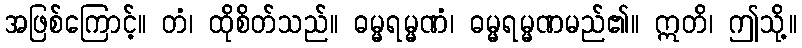
အဖြစ်ကြောင့်။ တံ၊ ထိုစိတ်သည်။ ဓမ္မရမ္မဏံ၊ ဓမ္မရမ္မဏမည်၏။ ဣတိ၊ ဤသို့။